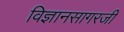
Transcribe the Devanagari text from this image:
विज्ञानसागरजी